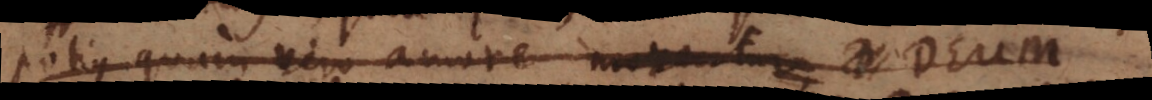
potius quam vivo amore moventur, Deum